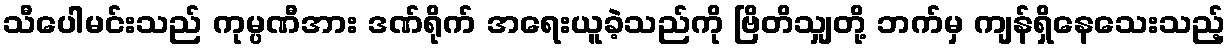
သီပေါမင်းသည် ကုမ္ပဏီအား ဒဏ်ရိုက် အရေးယူခဲ့သည်ကို ဗြိတိသျှတို့ ဘက်မှ ကျန်ရှိနေသေးသည့်